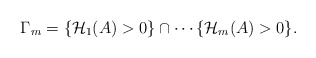
\begin{align*} \begin{aligned} {\Gamma}_m=\{ \mathcal{H}_1(A)>0\}\cap \cdots \{\mathcal{H}_m(A)>0\}. \end{aligned} \end{align*}